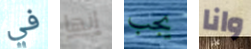
في إنها يجب وانا